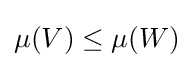
\mu (V)\leq \mu (W)